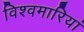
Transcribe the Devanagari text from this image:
विश्वमारियां